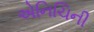
એનિચિની